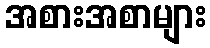
အစားအစာများ